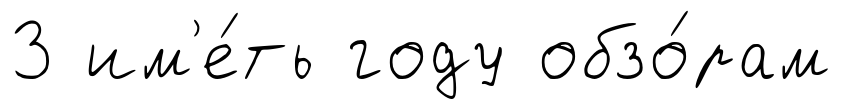
3 им'е́ть году обзо́рам